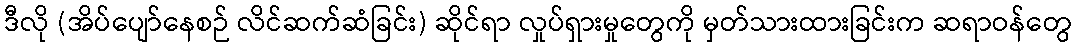
ဒီလို (အိပ်ပျော်နေစဉ် လိင်ဆက်ဆံခြင်း) ဆိုင်ရာ လှုပ်ရှားမှုတွေကို မှတ်သားထားခြင်းက ဆရာဝန်တွေ